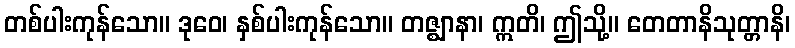
တစ်ပါးကုန်သော။ ဒုဝေ၊ နှစ်ပါးကုန်သော။ တဇ္ဈာနာ၊ ဣတိ၊ ဤသို့။ တေတာနိသုတ္တာနိ၊